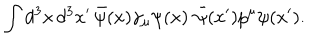
\int d ^ { 3 } x \, d ^ { 3 } x ^ { \prime } \, \bar { \psi } ( x ) \gamma _ { \mu } \psi ( x ) \, \, \bar { \psi } ( x ^ { \prime } ) p ^ { \mu } \psi ( x ^ { \prime } ) .